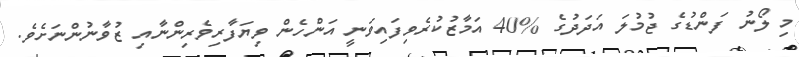
މި ލޯނު ފަންޑުގެ ޖުމުލަ އަދަދުގެ %40 އަމާޒުކުރެވިފައިވަނީ އަންހެން ވިޔަފާރިވެރިންނާއި ޒުވާނުންނަށެވެ.